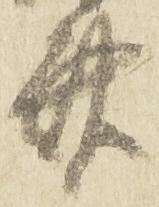
斎